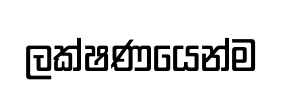
ලක්ෂණයෙන්ම